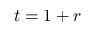
t = 1 + r